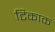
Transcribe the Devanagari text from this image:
टिकाक